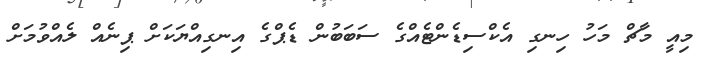
މިއީ މާޗް މަހު ހިނގި އެކްސިޑެންޓެއްގެ ސަބަބުން ޑެޕްގެ އިނގިއްޔަކަށް ޕިނެއް ލެއްވުމަށް